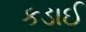
કડાઈ